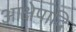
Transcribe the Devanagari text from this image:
आक्षेपादि